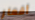
أقمار